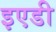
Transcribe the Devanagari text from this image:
इएडी